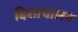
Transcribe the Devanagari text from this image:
दिशाचालन